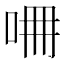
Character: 𠱡